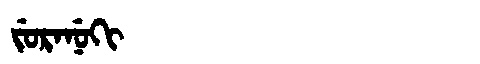
Manchu: ᠵᡠᡵᠠᠨᡠᡴᡳ
Romanization: JURANUKI